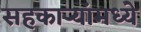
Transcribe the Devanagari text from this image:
सहकाऱ्यांमध्ये